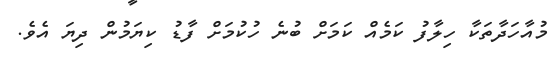
މުއާހަދާތަކާ ހިލާފު ކަމެއް ކަމަށް ބުނެ ހުކުމަށް ފާޑު ކިޔަމުން ދިޔަ އެވެ.